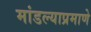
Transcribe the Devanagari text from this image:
मांडल्याप्रमाणे